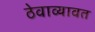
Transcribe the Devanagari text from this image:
ठेवाव्यावत